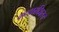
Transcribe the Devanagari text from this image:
कटकादिवत्।